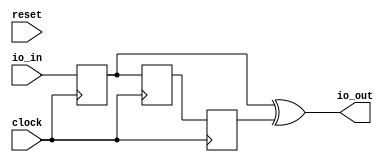
module viterbiE(
  input         clock,
  input         reset,
  input  [63:0] io_in,
  output [63:0] io_out
);
`ifdef RANDOMIZE_REG_INIT
  reg [63:0] _RAND_0;
  reg [63:0] _RAND_1;
  reg [63:0] _RAND_2;
`endif // RANDOMIZE_REG_INIT
  reg [63:0] z0; // @[logic.scala 17:19]
  reg [63:0] z1; // @[logic.scala 18:19]
  reg [63:0] z2; // @[logic.scala 19:19]
  wire [63:0] _T = z0 ^ z1; // @[logic.scala 21:15]
  wire [63:0] x1 = _T ^ z2; // @[logic.scala 21:20]
  wire [63:0] x2 = z0 ^ z2; // @[logic.scala 22:15]
  wire [127:0] _T_1 = {x1,x2}; // @[Cat.scala 30:58]
  assign io_out = _T_1[63:0]; // @[logic.scala 24:10]
  always @(posedge clock) begin
    z0 <= io_in; // @[logic.scala 17:19]
    z1 <= z0; // @[logic.scala 18:19]
    z2 <= z1; // @[logic.scala 19:19]
  end
// Register and memory initialization
`ifdef RANDOMIZE_GARBAGE_ASSIGN
`define RANDOMIZE
`endif
`ifdef RANDOMIZE_INVALID_ASSIGN
`define RANDOMIZE
`endif
`ifdef RANDOMIZE_REG_INIT
`define RANDOMIZE
`endif
`ifdef RANDOMIZE_MEM_INIT
`define RANDOMIZE
`endif
`ifndef RANDOM
`define RANDOM $random
`endif
`ifdef RANDOMIZE_MEM_INIT
  integer initvar;
`endif
`ifndef SYNTHESIS
`ifdef FIRRTL_BEFORE_INITIAL
`FIRRTL_BEFORE_INITIAL
`endif
initial begin
  `ifdef RANDOMIZE
    `ifdef INIT_RANDOM
      `INIT_RANDOM
    `endif
    `ifndef VERILATOR
      `ifdef RANDOMIZE_DELAY
        #`RANDOMIZE_DELAY begin end
      `else
        #0.002 begin end
      `endif
    `endif
`ifdef RANDOMIZE_REG_INIT
  _RAND_0 = {2{`RANDOM}};
  z0 = _RAND_0[63:0];
  _RAND_1 = {2{`RANDOM}};
  z1 = _RAND_1[63:0];
  _RAND_2 = {2{`RANDOM}};
  z2 = _RAND_2[63:0];
`endif // RANDOMIZE_REG_INIT
  `endif // RANDOMIZE
end // initial
`ifdef FIRRTL_AFTER_INITIAL
`FIRRTL_AFTER_INITIAL
`endif
`endif // SYNTHESIS
endmodule